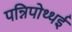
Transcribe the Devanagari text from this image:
पन्निपोथ्थई